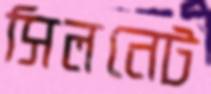
সিলনেট